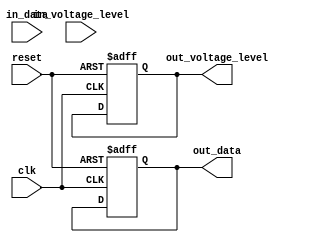
module io_voltage_level_shifter (
    input wire clk,   // Clock input
    input wire reset, // Reset input
    
    input wire in_data,  // Input data
    input wire in_voltage_level, // Input voltage level
    
    output reg out_data,  // Output data
    output reg out_voltage_level // Output voltage level
);

// Input and output registers
reg in_data_reg;
reg in_voltage_level_reg;

// Voltage level shift logic
always @ (posedge clk or posedge reset) begin
    if (reset) begin
        in_data_reg <= 1'b0;
        in_voltage_level_reg <= 1'b0;
    end else begin
        in_data_reg <= in_data;
        in_voltage_level_reg <= in_voltage_level;
    end
end

// Control module
always @ (posedge clk or posedge reset) begin
    if (reset) begin
        out_data <= 1'b0;
        out_voltage_level <= 1'b0;
    end else begin
        // Add your voltage level shifting logic here
        // For example, if in_voltage_level_reg is 0, shift to 1
        // out_data = in_data_reg;
        // out_voltage_level = ~in_voltage_level_reg;
    end
end

endmodule